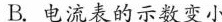
B. 电流表的示数变小